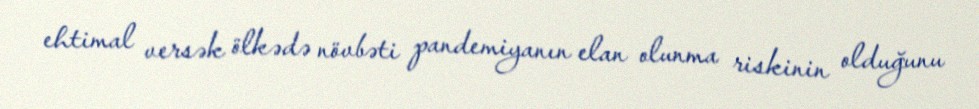
ehtimal versək ölkədə növbəti pandemiyanın elan olunma riskinin olduğunu